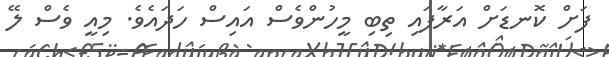
ފަށް ކޮނޑަށް އަރާފައި ތިބި މީހުންވެސް އައިސް ހަދައެވެ. މިއީ ވެސް ލޭ